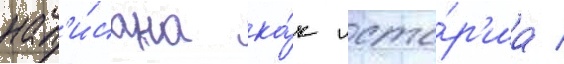
нап'и́сана ка́к исто́р'иа /